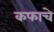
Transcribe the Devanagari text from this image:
कफाचे